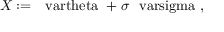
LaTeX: X : = \mathrm { \boldmath ~ \ v a r t h e t a ~ } + \sigma \mathrm { \boldmath ~ \ v a r s i g m a ~ } ,